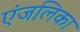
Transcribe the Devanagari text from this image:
एंजलिका